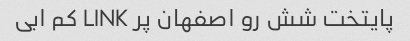
پایتخت شش رو اصفهان پر LINK کم ابی